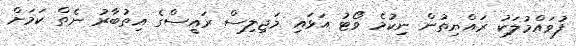
ފުވައްމުލަކު ރައްޔިތުން ނިކުމެ ވޯޓު އަޅައި މަޖިލިސް ރައީސްގެ އިތުބާރު ނެތް ކަމަށް